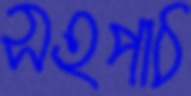
সহপাঠ